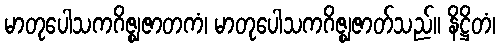
မာတုပေါသကဂိဇ္ဈဇာတကံ၊ မာတုပေါသကဂိဇ္ဈဇာတ်သည်။ နိဋ္ဌိတံ၊